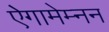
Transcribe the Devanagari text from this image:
ऐगामेम्नन